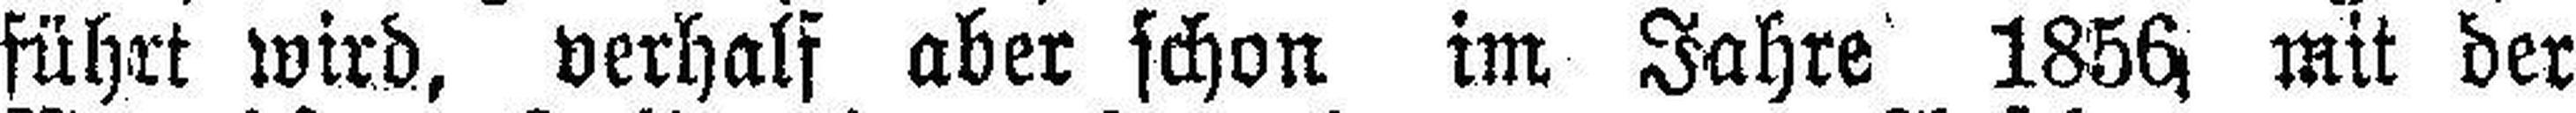
führt wird, verhalf aber schon im Jahre 1856, mit der